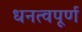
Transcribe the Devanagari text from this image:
धनत्वपूर्ण